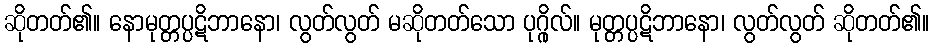
ဆိုတတ်၏။ နောမုတ္တပ္ပဋိဘာနော၊ လွတ်လွတ် မဆိုတတ်သော ပုဂ္ဂိုလ်။ မုတ္တပ္ပဋိဘာနော၊ လွတ်လွတ် ဆိုတတ်၏။